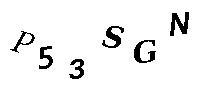
P53SGN